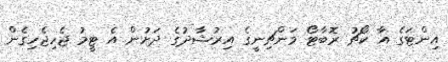
އިންޓަގެ އާ ކޯޗު ރޮބާޓޯ މަންޗިނީގެ އިރުޝާދުގެ ދަށުން އެ ޓީމު ޖެހިޖެހިގެން